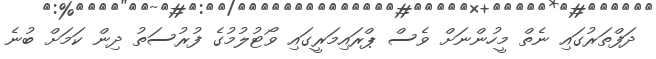
ދަފްތަރުގައި ނެތް މީހުންނަށް ވެސް ޕްރައިމަރީގައި ވޯޓުލުމުގެ ފުރުސަތު ދިން ކަމަށް ބުނެ